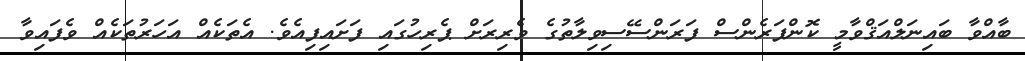
ބާއްވާ ބައިނަލްއަޤްވާމީ ކޮންފަރެންސް ފަރަންސޭސިވިލާތުގެ ވެރިރަށް ޕެރިހުގައި ފަށައިފިއެވެ. އެތަކެއް އަހަރުތަކެއް ވެފައިވާ